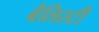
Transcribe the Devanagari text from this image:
बैलिस्टी